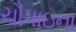
ચૌપાઇના